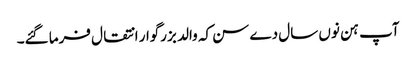
آپ ہن نوں سال دے سن کہ والد بزرگوار انتقال فرما گئے۔